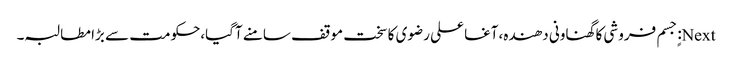
Next: ٍجسم فروشی کا گھناونی دھندہ،آغا علی رضوی کا سخت موقف سامنے آگیا،حکومت سے بڑا مطالبہ۔